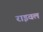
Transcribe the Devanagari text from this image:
राइवल